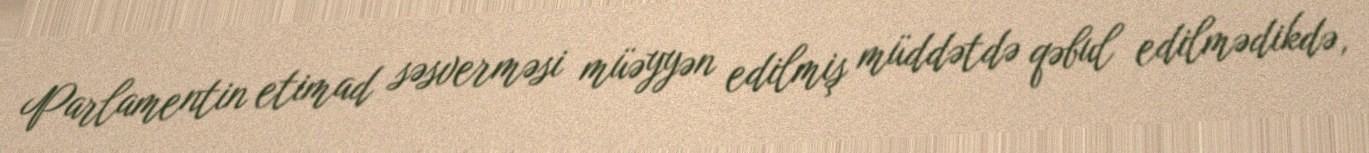
Parlamentin etimad səsverməsi müəyyən edilmiş müddətdə qəbul edilmədikdə,